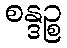
စန္ဒဉ္စ